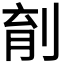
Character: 𪟆